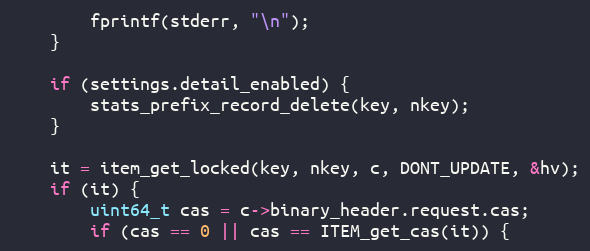
Language: C
        fprintf(stderr, "\n");
    }

    if (settings.detail_enabled) {
        stats_prefix_record_delete(key, nkey);
    }

    it = item_get_locked(key, nkey, c, DONT_UPDATE, &hv);
    if (it) {
        uint64_t cas = c->binary_header.request.cas;
        if (cas == 0 || cas == ITEM_get_cas(it)) {